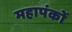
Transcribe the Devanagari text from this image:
महापंकों